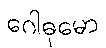
ဂေါဓုမော